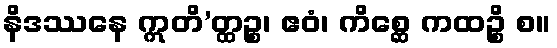
နိဒဿနေ ဣတိ’တ္ထဉ္စ၊ ဧဝံ၊ ကိစ္ဆေ ကထဉ္စိ စ။